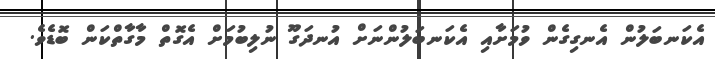
އެކަނބަލުން އެނގިގެން ވުމަށާއި އެކަނބަލުންނަށް އުނދަގޫ ނުލިބުމަށް އެގޮތް މާގާތްކަން ބޮޑެވެ.